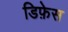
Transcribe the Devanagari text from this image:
डिफ़ेस